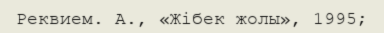
Реквием. А., «Жібек жолы», 1995;